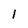
Character: 1